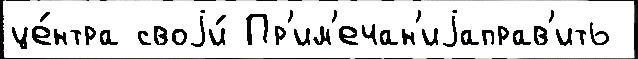
це́нтра своjи́ Пр'им'ечан'иjаправ'ить